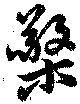
檠